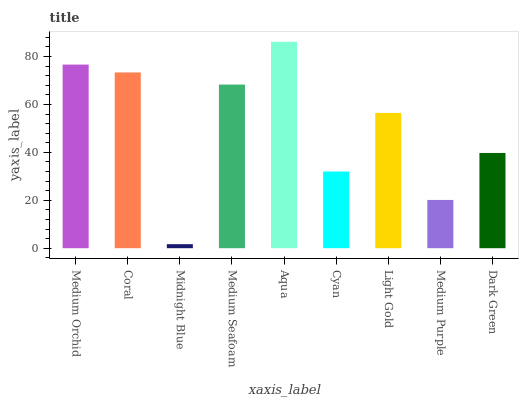
| xaxis_label | bars |
 | --- | --- |
 | Medium Orchid | 76.6 |
 | Coral | 73.4 |
 | Midnight Blue | 1.68 |
 | Medium Seafoam | 68.3 |
 | Aqua | 86.1 |
 | Cyan | 32 |
 | Light Gold | 56.5 |
 | Medium Purple | 20.1 |
 | Dark Green | 39.8 |